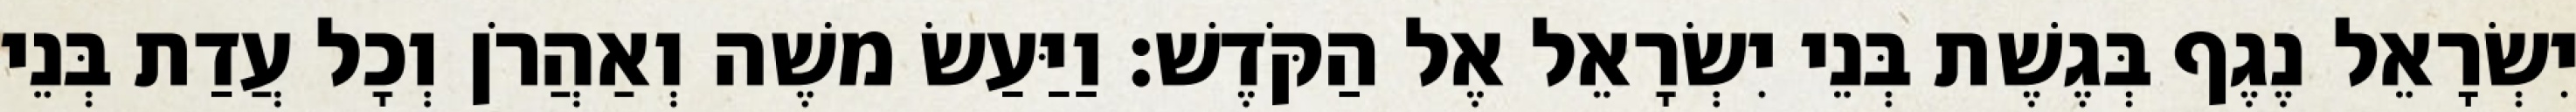
יִשְׂרָאֵל נֶגֶף בְּגֶשֶׁת בְּנֵי יִשְׂרָאֵל אֶל הַקֹּדֶשׁ׃ וַיַּעַשׂ משֶׁה וְאַהֲרֹן וְכָל עֲדַת בְּנֵי